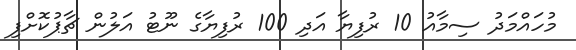
މުހައްމަދު ސިމާއު 10 ރުފިޔާ އަދި 100 ރުފިޔާގެ ނޫޓު އަލުން ޗާޕުކޮށްފި